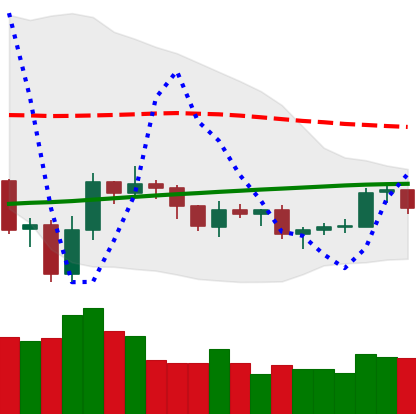
Ticker: LTC-USD
Chart end date: 2019-08-02
Forward return: -4.243%
Label: down_3_5